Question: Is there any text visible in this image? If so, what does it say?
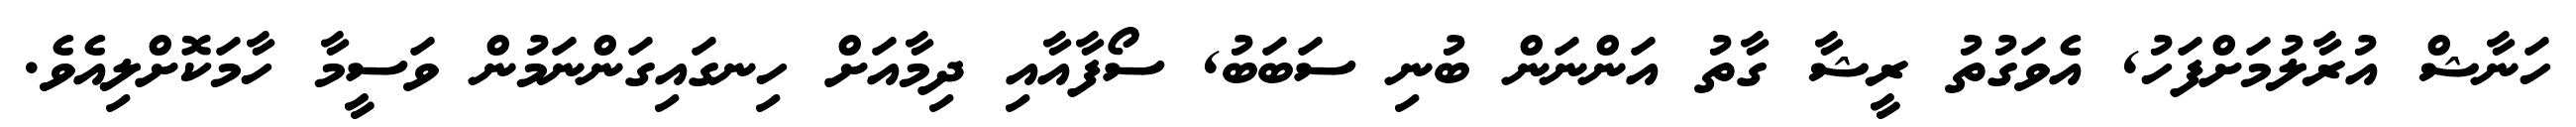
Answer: ހަނާޝް އުރާލުމަށްފަހު, އެވަގުތު ރީޝާ ގާތު އަންނަން ބުނި ސަބަބު, ސޯފާއާއި ދިމާއަށް ހިނގައިގަންނަމުން ވަސީމާ ހާމަކޮށްލިއެވެ.